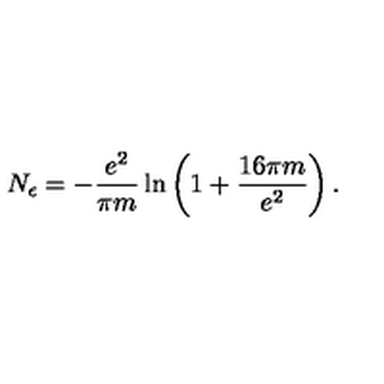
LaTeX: N _ { \epsilon } = - \frac { e ^ { 2 } } { \pi m } \ln \left( 1 + \frac { 1 6 \pi m } { e ^ { 2 } } \right) .